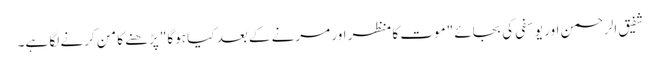
شفیق الرحمن اور یوسفی کی بجائے "موت کا منظر اور مرنے کے بعد کیا ہوگا" پڑھنے کا من کرنے لگا ہے۔